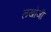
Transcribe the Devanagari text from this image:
लखोजी